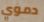
دموي